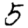
Digit: 5